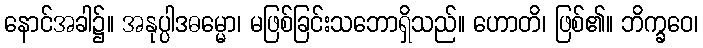
နောင်အခါ၌။ အနုပ္ပါဒဓမ္မော၊ မဖြစ်ခြင်းသဘောရှိသည်။ ဟောတိ၊ ဖြစ်၏။ ဘိက္ခဝေ၊